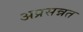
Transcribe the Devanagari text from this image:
अप्रसन्नत